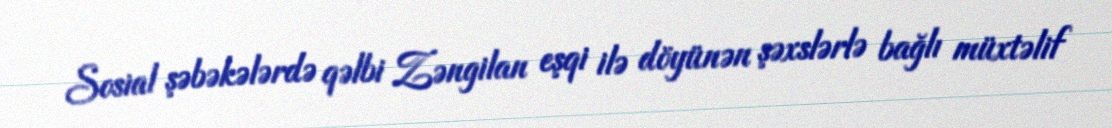
Sosial şəbəkələrdə qəlbi Zəngilan eşqi ilə döyünən şəxslərlə bağlı müxtəlif